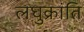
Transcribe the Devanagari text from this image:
लघुक्रांति